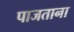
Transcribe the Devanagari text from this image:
पाजताना